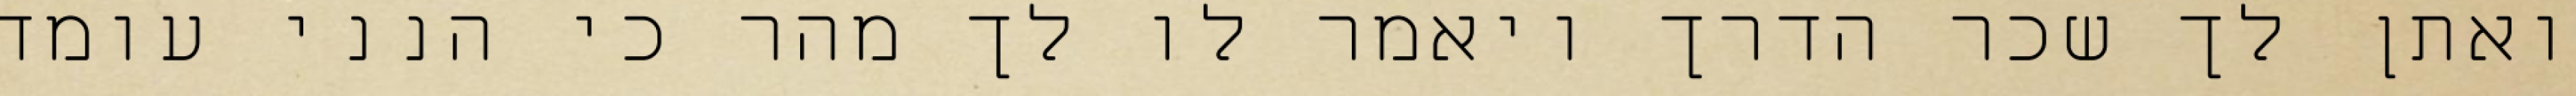
ואתן לך שכר הדרך ויאמר לו לך מהר כי הנני עומד